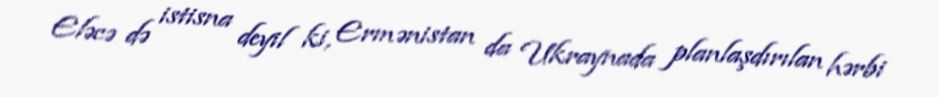
Eləcə də istisna deyil ki, Ermənistan da Ukraynada planlaşdırılan hərbi